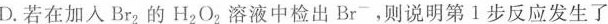
D.若在加入Br_{2}的H_{2}O_{2}溶液中检出Br^{-}，则说明第1步反应发生了